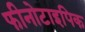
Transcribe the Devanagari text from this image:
फीनोटाइपिक